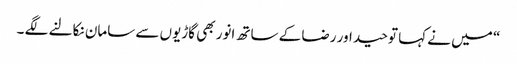
“ میں نے کہا توحید اور رضا کے ساتھ انور بھی گاڑیوں سے سامان نکالنے لگے ۔